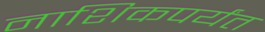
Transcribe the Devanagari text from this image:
नाशिकपर्यंत